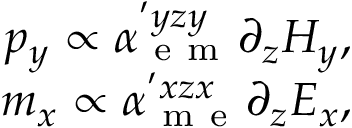
\begin{array} { r } { p _ { y } \propto \alpha _ { \mathrm { ~ e ~ m ~ } } ^ { ' y z y } \partial _ { z } H _ { y } , } \\ { m _ { x } \propto \alpha _ { \mathrm { ~ m ~ e ~ } } ^ { ' x z x } \partial _ { z } E _ { x } , } \end{array}